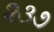
૨૩૭